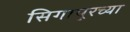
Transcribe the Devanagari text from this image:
सिगापूरच्या